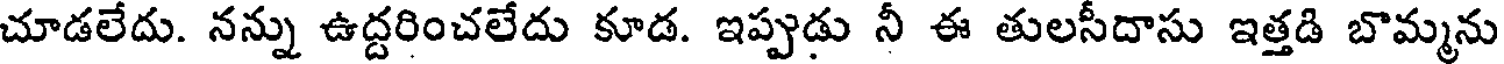
చూడలేదు. నన్ను ఉద్దరించలేదు కూడ. ఇప్పుడు నీ ఈ తులసీదాసు ఇత్తడి బొమ్మను